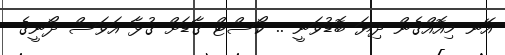
އޭނ މިއޮއްގެން ދިޔަ ބޮޑުވަނީ .. ކޯސްޓް ގާޑަށް ގުޅާ އަވަސް ދޯނީގެ